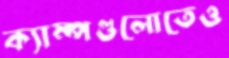
ক্যাম্পগুলোতেও